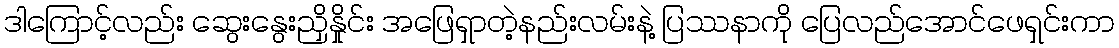
ဒါကြောင့်လည်း ဆွေးနွေးညှိနှိုင်း အဖြေရှာတဲ့နည်းလမ်းနဲ့ ပြဿနာကို ပြေလည်အောင်ဖေရှင်းကာ